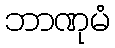
ဘာဏုမံ